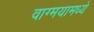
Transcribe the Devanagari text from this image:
वाग्मयामध्ये